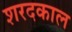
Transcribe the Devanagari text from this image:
शरदकाल